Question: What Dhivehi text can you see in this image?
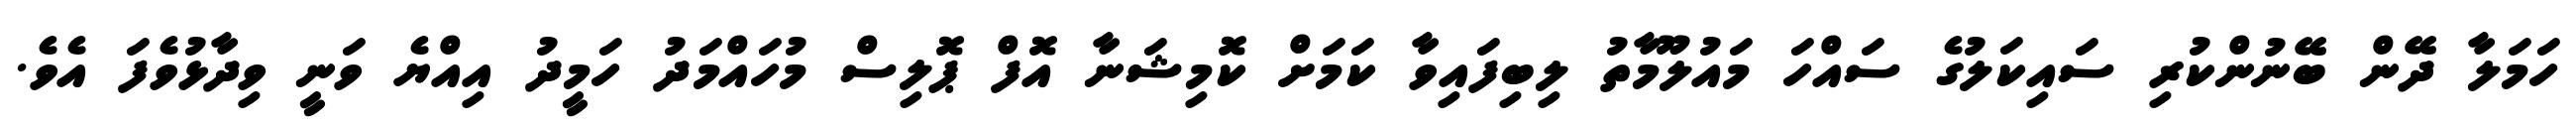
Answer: ހަމަލާ ދޭން ބޭނުންކުރި ސައިކަލުގެ ސައްހަ މައުލޫމާތު ލިބިފައިވާ ކަމަށް ކޮމިޝަނާ އޮފް ޕޮލިސް މުހައްމަދު ހަމީދު އިއްޔެ ވަނީ ވިދާޅުވެފަ އެވެ.